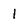
Character: 1